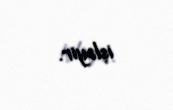
işləyir.